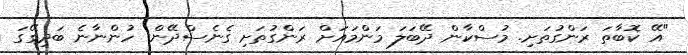
"އޭ ކޮބާތަ ރަންގުތަށި. މުސްކާން ދޭބަލަ މަންމައަށް ރަންގުތަށި ގެނެސްދޭން. ހުންނާނެ ބަދިގޭގަ